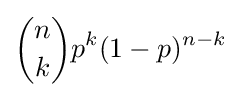
{\binom {n}{k}}p^{k}(1-p)^{n-k}